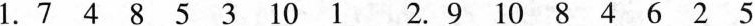
1.7 4 8 5 3 1 0 1 2.9 1 0 8 4 6 2 5